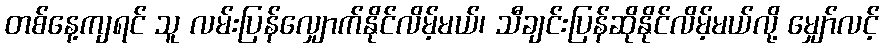
တစ်နေ့ကျရင် သူ လမ်းပြန်လျှောက်နိုင်လိမ့်မယ်၊ သီချင်းပြန်ဆိုနိုင်လိမ့်မယ်လို့ မျှော်လင့်